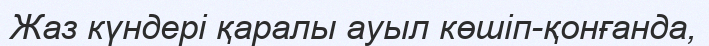
Жаз күндері қаралы ауыл көшіп-қонғанда,